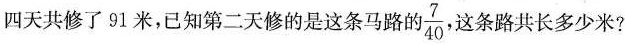
四天共修了 91 米，已知第二天修的是这条马路的 \frac{7}{40} 这条路共长多少米?